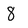
Character: 8